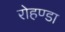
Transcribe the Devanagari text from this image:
रोहण्डा